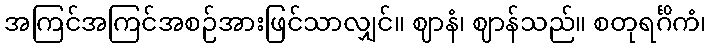
အကြင်အကြင်အစဉ်အားဖြင်သာလျှင်။ ဈာနံ၊ ဈာန်သည်။ စတုရင်္ဂိကံ၊